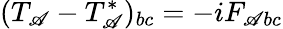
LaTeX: (T_{\mathscr{A}}-T_{\mathscr{A}}^{\ast})_{bc}=-iF_{\mathscr{A}bc}